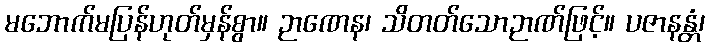
မဘောက်မပြန်ဟုတ်မှန်စွာ။ ဉာဏေန၊ သိတတ်သောဉာဏ်ဖြင့်။ ပဇာနန္တံ၊